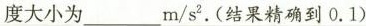
度大小为___m/s^{2}.(结果精确到0.1)